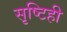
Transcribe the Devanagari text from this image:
सृष्टिही